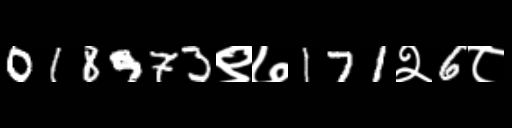
Text: 018973९७171२6८